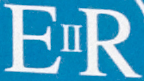
ER